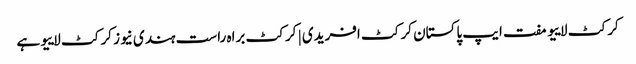
کرکٹ لاییو مفت ایپ پاکستان کرکٹ افریدی | کرکٹ براہ راست ہندی نیوز کرکٹ لاییو ہے